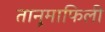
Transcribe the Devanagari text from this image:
तानुमाफिली